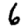
Digit: 6